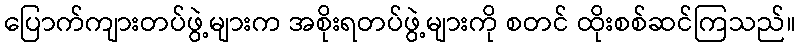
ပြောက်ကျားတပ်ဖွဲ့များက အစိုးရတပ်ဖွဲ့များကို စတင် ထိုးစစ်ဆင်ကြသည်။